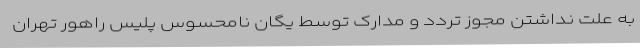
به علت نداشتن مجوز تردد و مدارک توسط یگان نامحسوس پلیس راهور تهران